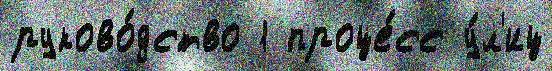
руково́дство 1 проце́сс у́л'иц